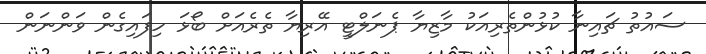
ސައުތު ޗައިނާ ކުޅުންތެރިއަކު މާޒިޔާ ޕެނަލްޓީ އޭރިޔާ ތެރެއަށް ބޯޅަ ހިފައިގެން ވަންނަން